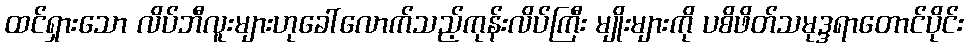
ထင်ရှားသော လိပ်ဘီလူးများဟုခေါ်လောက်သည့်ကုန်းလိပ်ကြီး မျိုးများကို ပစိဖိတ်သမုဒ္ဒရာတောင်ပိုင်း